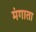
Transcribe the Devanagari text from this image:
मंगाता